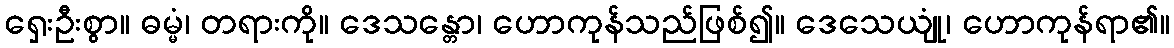
ရှေးဦးစွာ။ ဓမ္မံ၊ တရားကို။ ဒေသန္တော၊ ဟောကုန်သည်ဖြစ်၍။ ဒေသေယျုံ၊ ဟောကုန်ရာ၏။